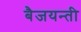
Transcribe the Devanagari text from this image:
बैजयन्‍ती